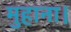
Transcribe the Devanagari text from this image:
मुहाना।